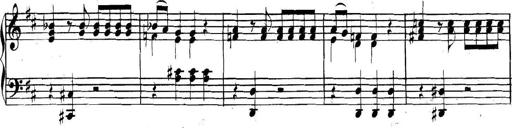
Title: Collected Piano Sonatas
Composer: Muzio Clementi